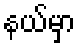
နယ်မှာ